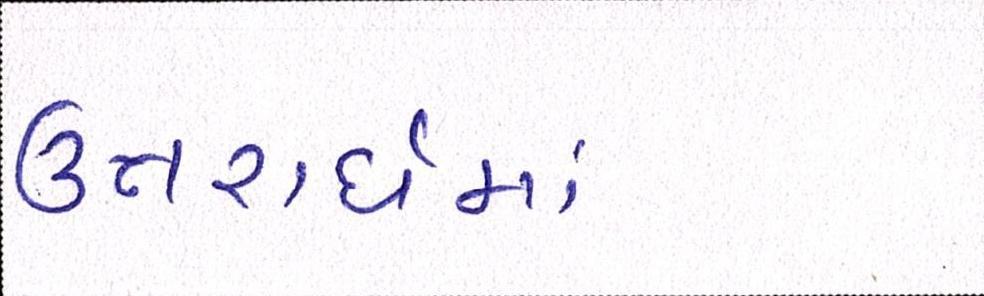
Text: ઉત્તરાર્ધમાં